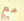
مع